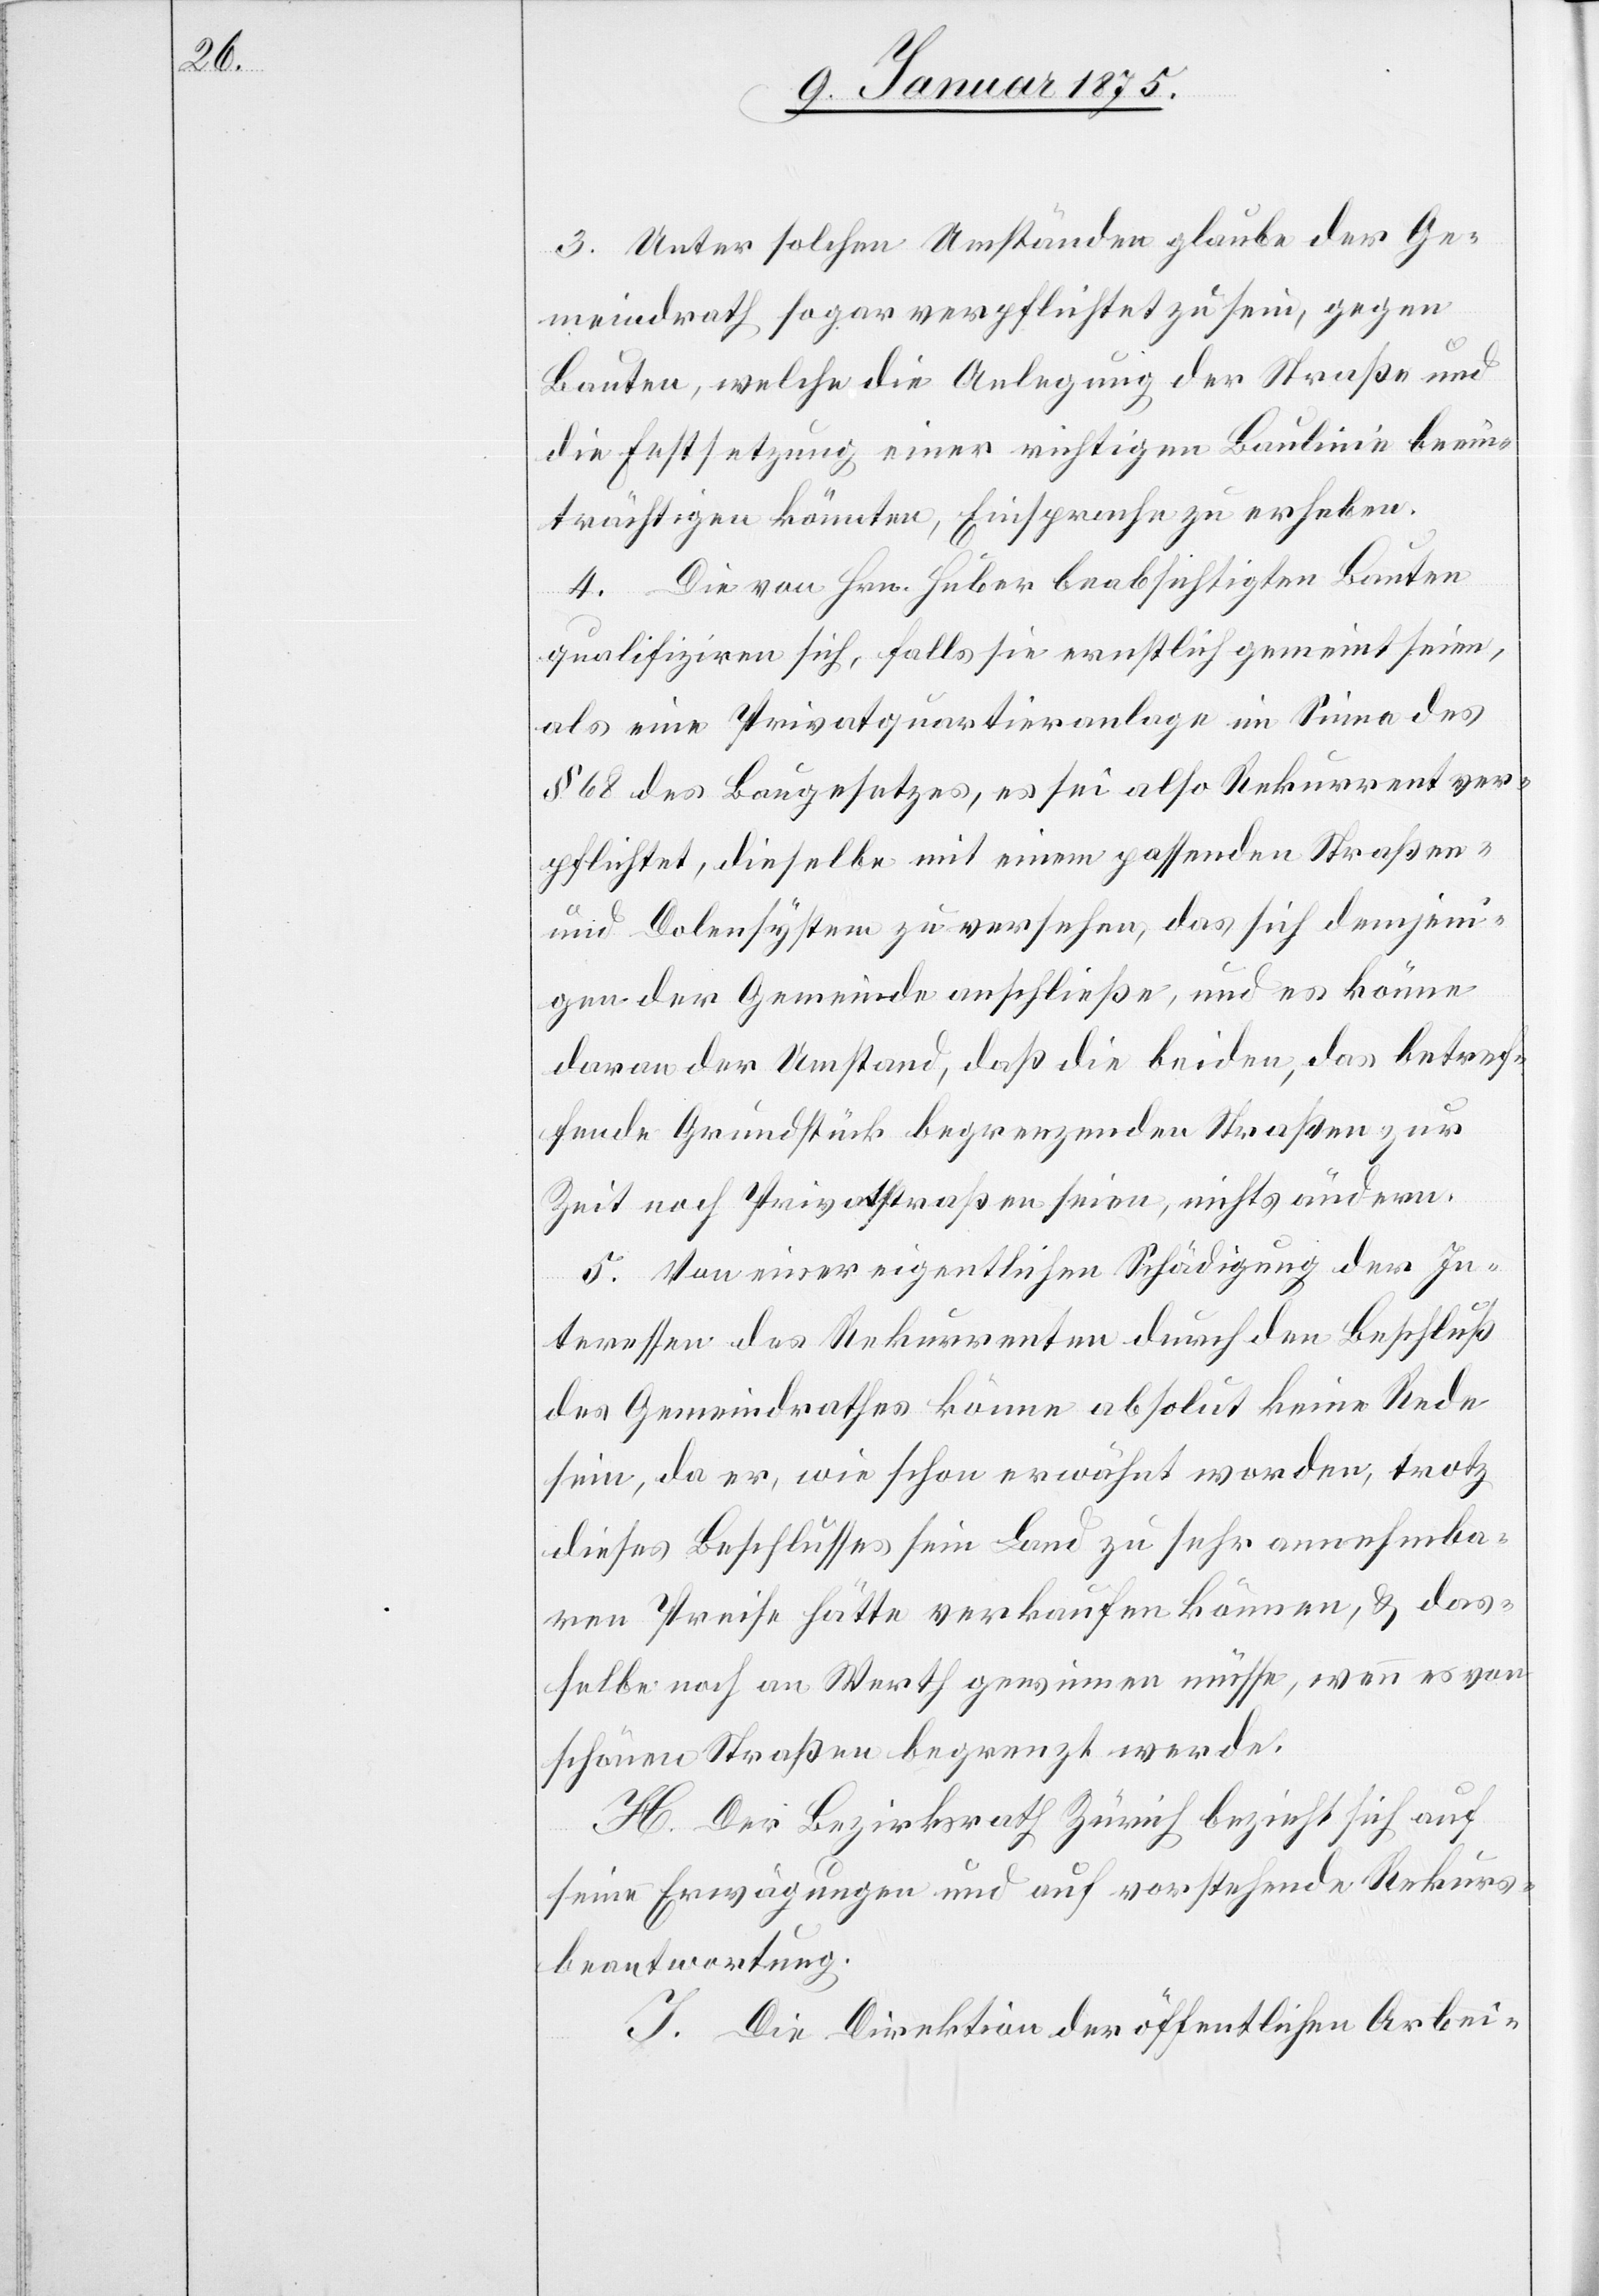
ren
3. Unter solchen Umständen glaube der Ge¬
meindrath sogar verpflichtet zu sein, gegen
Bauten, welche die Anlegung der Straße und
die Festsetzung einer richtigen Baulinie beein¬
trächtigen könnten, Einsprache zu erheben.
4. Die von Hrn. Huber beabsichtigten Bauten
qualifiziren sich, falls sie ernstlich gemeint seien,
als eine Privatquartieranlage im Sinne des
§ 68 des Baugesetzes, es sei also Rekurrent ver¬
pflichtet, dieselbe mit einem passenden Straßen-
und Dolensystem zu versehen, das sich demjeni¬
gen der Gemeinde anschließe, und es könne
daran der Umstand, daß die beiden, das betref¬
fende Grundstück begrenzenden Straßen zur
Zeit noch Privatstraßen seien, nichts ändern.
5. Von einer eigentlichen Schädigung der In¬
teressen des Rekurrenten durch den Beschluß
des Gemeindrathes könne absolut keine Rede
sein, da er, wie schon erwähnt worden, trotz
dieses Beschlusses sein Land zu sehr annehmba¬
Preise hätte verkaufen können, & das¬
selbe noch an Werth gewinnen müsse, wenn es von
schönen Straßen begrenzt werde.
H. Der Bezirksrath Zürich bezieht sich auf
seine Erwägungen und auf vorstehende Rekurs¬
beantwortung.
I. Die Direktion der öffentlichen Arbei-